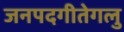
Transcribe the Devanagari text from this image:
जनपदगीतेगलु